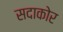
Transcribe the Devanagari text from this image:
सदाकोर